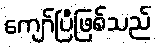
ကျော်ပြီဖြစ်သည်